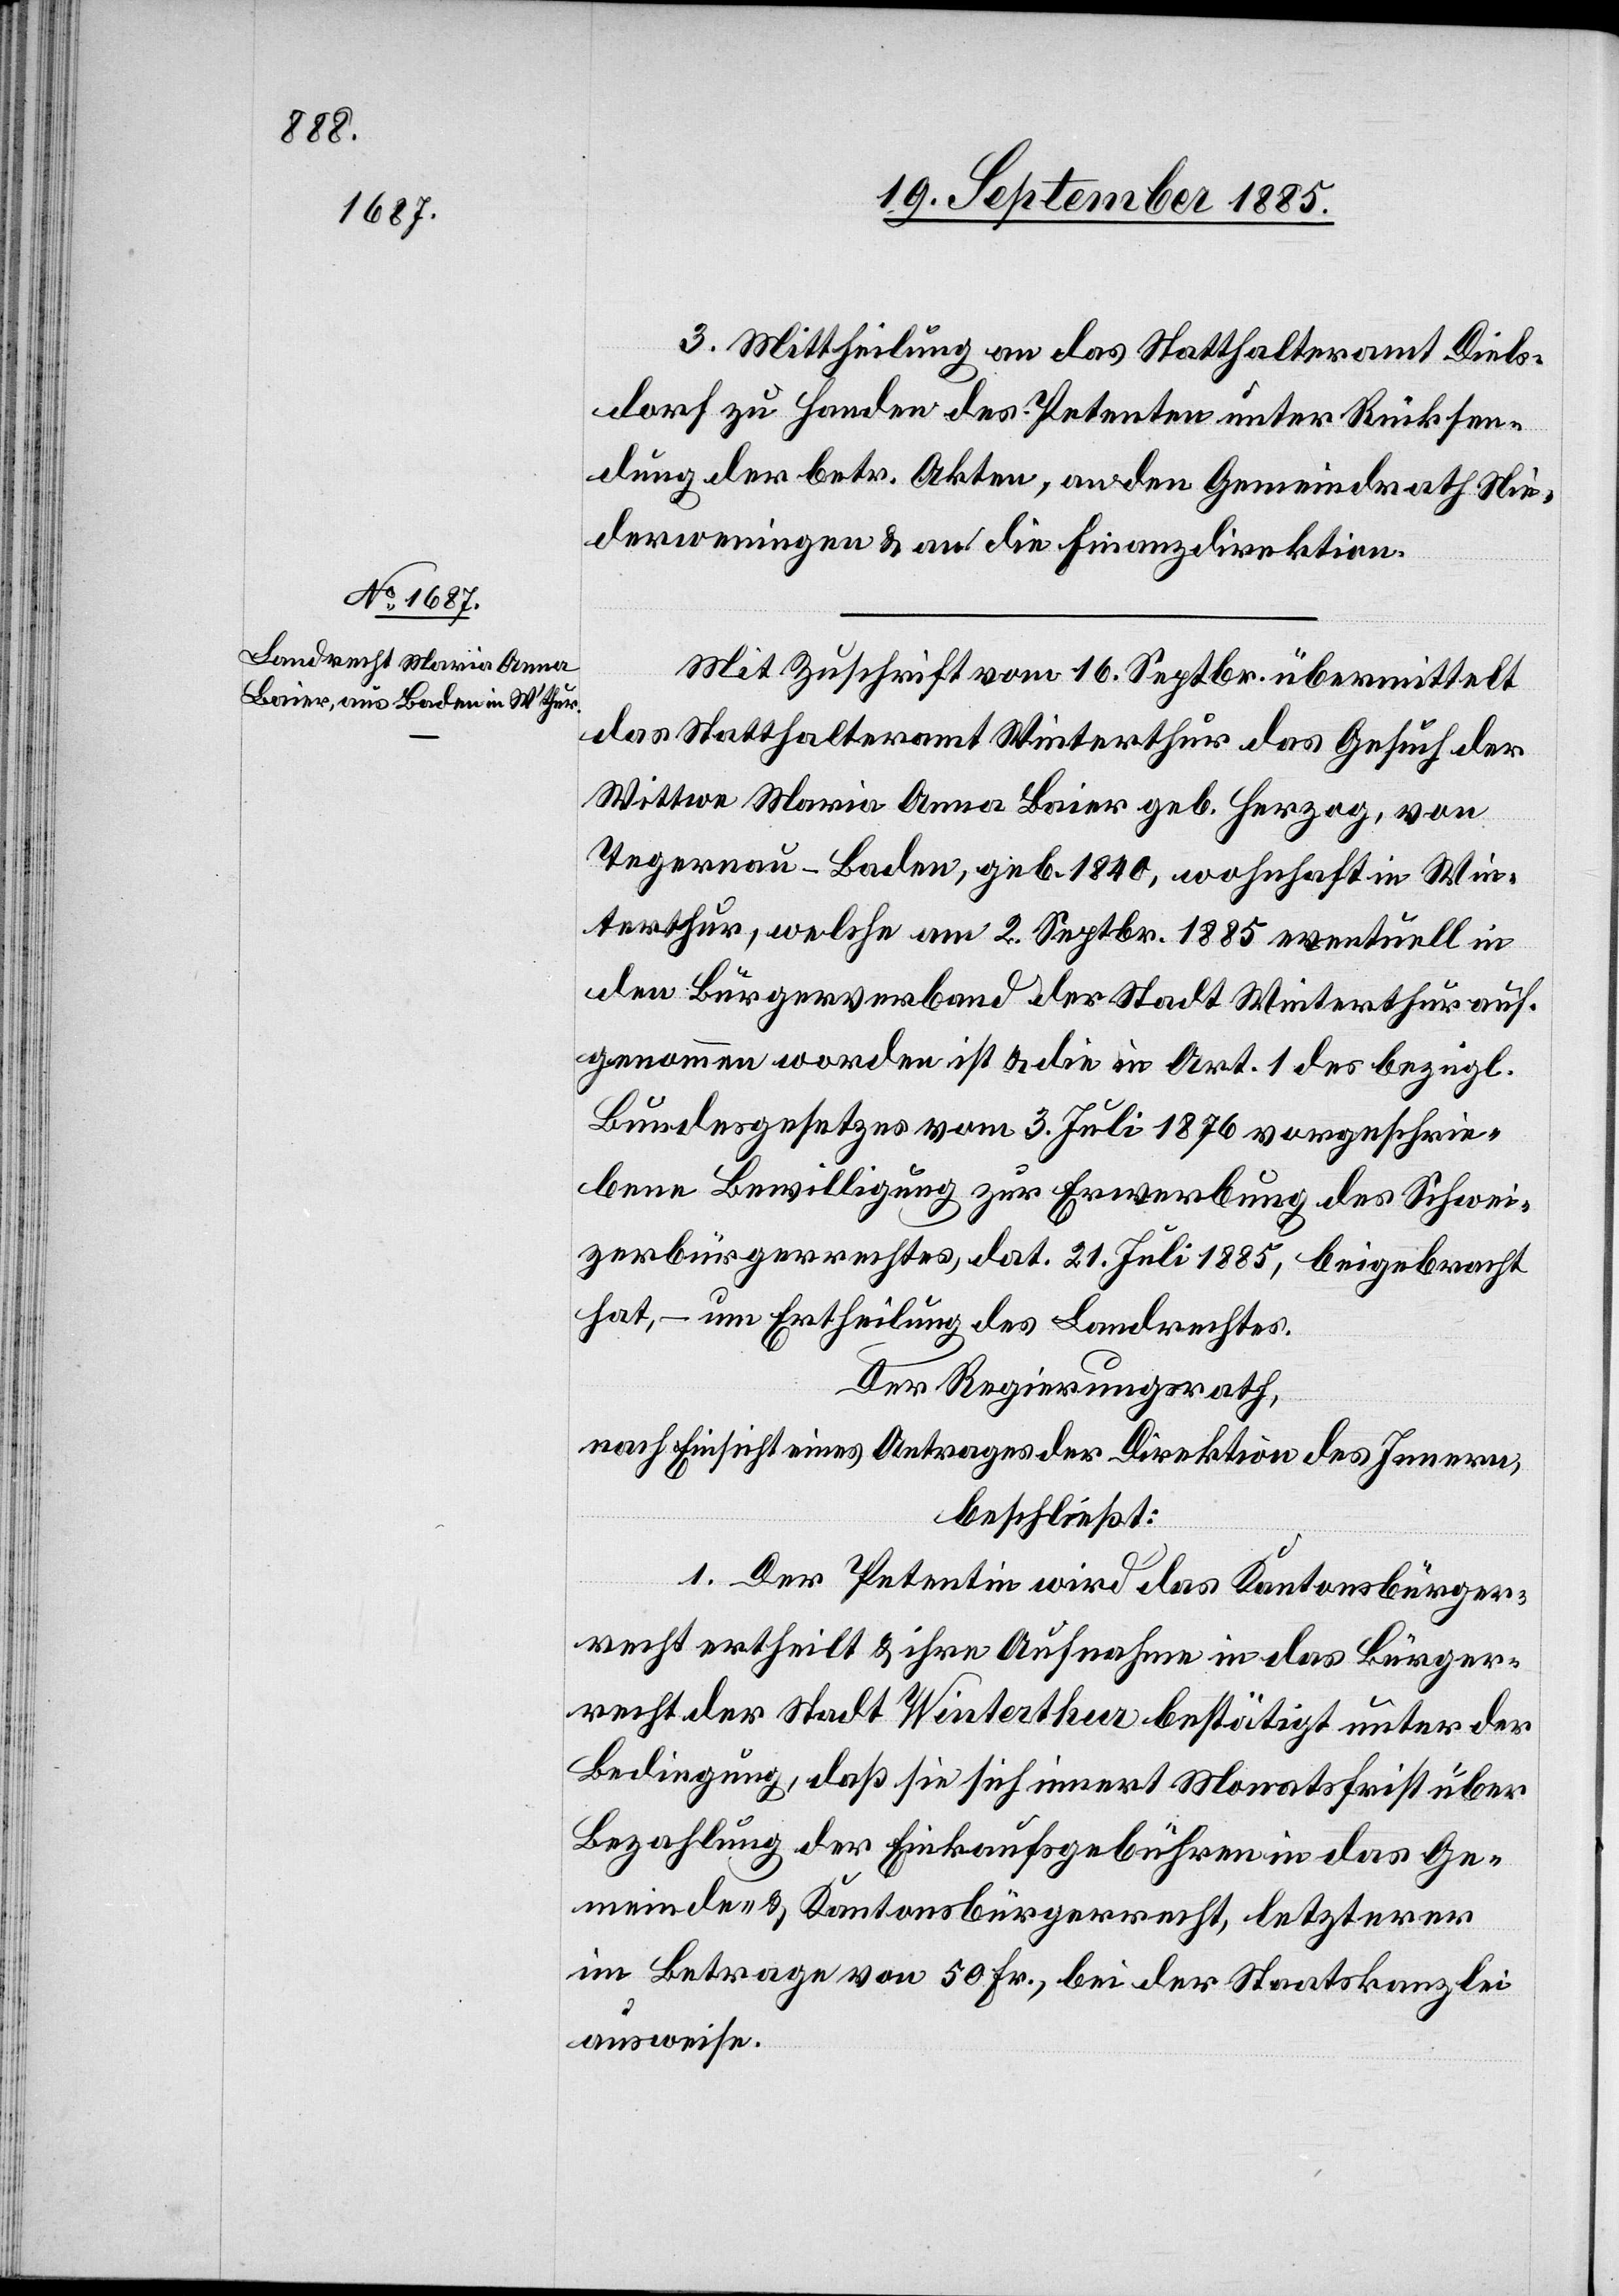
3. Mittheilung an das Statthalteramt Diels¬
dorf zu Handen des Petenten unter Rücksen¬
dung der betr. Akten, an den Gemeindrath Nie¬
derweningen & an die Finanzdirektion.
Mit Zuschrift vom 16. Septbr. übermittelt
das Statthalteramt Winterthur das Gesuch der
Wittwe Maria Anna Baier geb. Herzog, von
Tegernau - Baden, geb. 1840, wohnhaft in Win¬
terthur, welche am 2. Septbr. 1885 eventuell in
den Bürgerverband der Stadt Winterthur auf¬
genommen worden ist & die in Art. 1 des bezügl.
Bundesgesetzes vom 3. Juli 1876 vorgeschrie¬
bene Bewilligung zur Erwerbung des Schwei¬
zerbürgerrechtes, dat. 21. Juli 1885, beigebracht
hat, – um Ertheilung des Landrechtes.
Der Regierungsrath,
nach Einsicht eines Antrages der Direktion des Innern,
beschließt:
1. Der Petentin wird das Kantonsbürger¬
recht ertheilt & ihre Aufnahme in das Bürger¬
recht der Stadt Winterthur bestätigt unter der
Bedingung, daß sie sich innert Monatsfrist über
Bezahlung der Einkaufsgebühren in das Ge¬
meinde- & Kantonsbürgerrecht, letzterer
im Betrage von 50 Fr., bei der Staatskanzlei
ausweise.